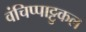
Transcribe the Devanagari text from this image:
वंचिप्पाट्टुकल